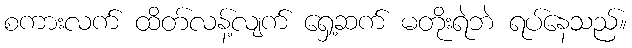
စကားလက် ထိတ်လန့်လျက် ရှေ့ဆက် မတိုးရဲဘဲ ရပ်နေသည်။